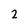
Character: 2